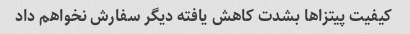
کیفیت پیتزاها بشدت کاهش یافته دیگر سفارش نخواهم داد